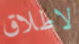
لاطلاق